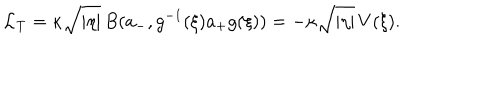
\mathcal L _ { \mathrm T } = \kappa \sqrt { | \eta | } \, B ( a _ { - } , g ^ { - 1 } ( \xi ) a _ { + } g ( \xi ) ) = - \kappa \sqrt { | \eta | } \, V ( \xi ) .